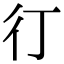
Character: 㣔